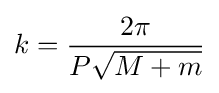
k={\frac {2\pi }{P{\sqrt {M+m}}}}